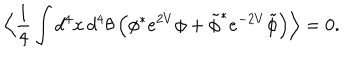
\Big \langle \frac { 1 } { 4 } \int d ^ { 4 } x \, d ^ { 4 } \theta \, \Big ( \phi ^ { * } e ^ { 2 V } \phi + \tilde { \phi } ^ { * } e ^ { - 2 V } \tilde { \phi } \Big ) \Big \rangle = 0 .